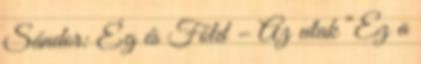
Sándor: Ég és Föld – Az utak “Ez a